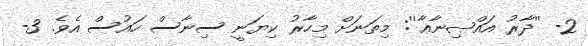
2- ''ދާރު އައްޞިނާޢާ'': މިތަނަށް މިހާރު ކިޔަނީ ސިނާސް ހައުސް އެވެ. 3-